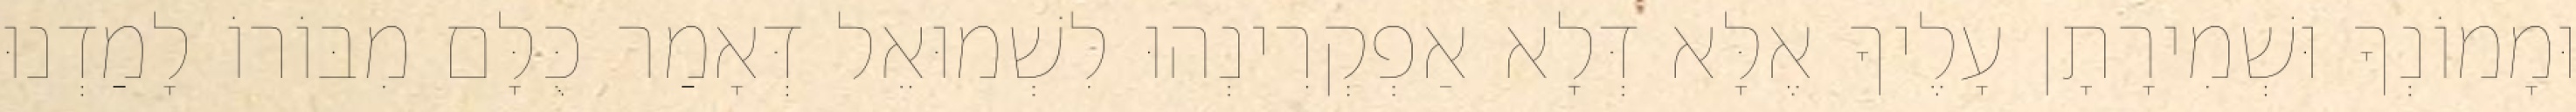
וּמָמוֹנְךָ וּשְׁמִירָתָן עָלֶיךָ אֶלָּא דְּלָא אַפְקְרִינְהוּ לִשְׁמוּאֵל דְּאָמַר כֻּלָּם מִבּוֹרוֹ לָמַדְנוּ